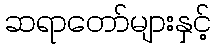
ဆရာတော်များနှင့်